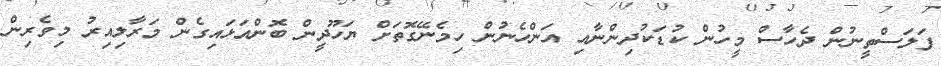
ފަލަސްތީނުން ދެހާސް މީހުން ކުޑަކުދިންނާއި އަންހެނުން ހިމެނޭގޮތަށް ޔަހޫދީން ބޮންއަޅައިގެން މަރާލިއިރު މިވެރިން